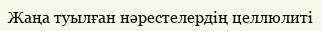
Жаңа туылған нәрестелердің целлюлиті